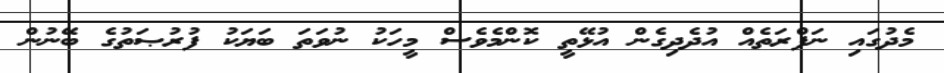
މެދުގައި ނަފްރަތެއް އުދެދިގެން އުޅޭތީ ކޮންމެވެސް މީހަކު ނުވަތަ ބަޔަކު ފުރުޞަތުގެ ބޭނުން